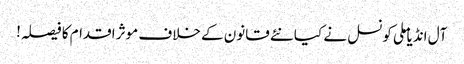
آل انڈیا ملی کونسل نے کیا نئے قانون کے خلاف موثر اقدام کا فیصلہ!